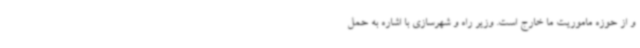
و از حوزه ماموریت ما خارج است. وزیر راه و شهرسازی با اشاره به حمل